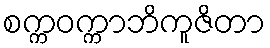
စက္ကဝက္ကာဘိကူဇိတာ